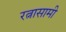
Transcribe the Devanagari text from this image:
रत्नासामी